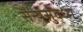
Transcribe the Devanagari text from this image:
सैन्यसुद्धा